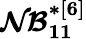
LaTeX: \boldsymbol{\mathcal{NB}_{11}^{*[6]}}